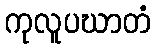
ကုလူပဃာတံ